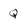
Character: q